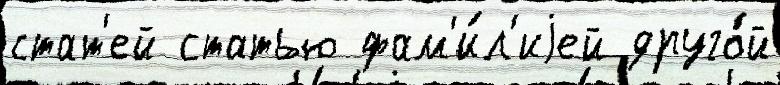
стат'ей статью фам'и́л'иjей друго́й